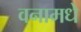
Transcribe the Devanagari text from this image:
वनामधे